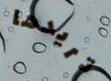
تريدها